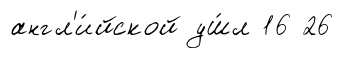
англ'и́йской уш́л 16 26